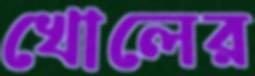
খোলের